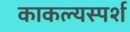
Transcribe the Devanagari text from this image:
काकल्यस्पर्श